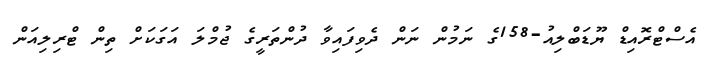
އެސްޓްރޮއިޑް ޔޫޑަބްލިއު-158ގެ ނަމުން ނަން ދެވިފައިވާ ދުންތަރީގެ ޖުމްލަ އަގަކަށް ތިން ޓްރިލިއަން